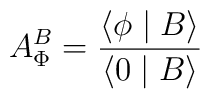
A_\Phi ^B=\frac{\langle \phi \mid B\rangle }{\langle 0\mid B\rangle }